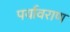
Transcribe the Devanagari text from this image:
पर्यावराण